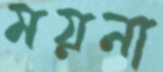
ময়না